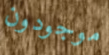
موجودون